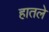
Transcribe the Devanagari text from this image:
हातले